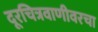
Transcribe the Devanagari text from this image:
दूरचित्रवाणीवरचा